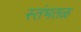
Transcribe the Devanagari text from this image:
स्तंभतळ